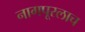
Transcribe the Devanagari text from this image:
नागपूरलाच